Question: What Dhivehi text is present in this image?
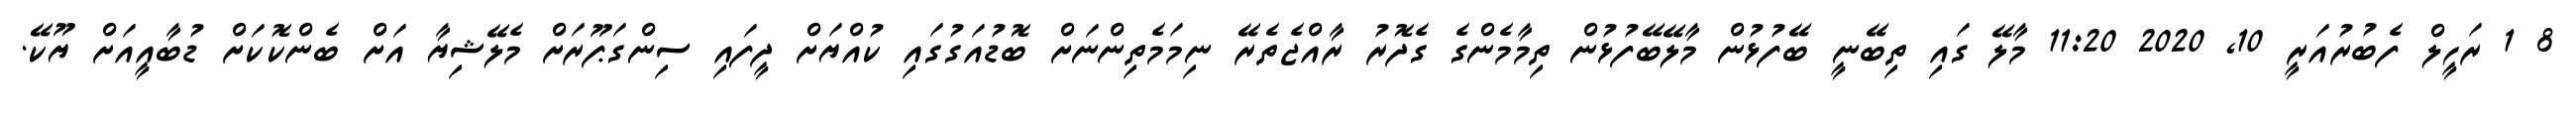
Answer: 8 1 ރަހީލް ފެބުރުއަރީ 10, 2020 11:20 މާލޭ ގައި ތިބޭނީ ބޭފުޅުން މާލޭބޭފުޅުން ތިމާމެންގެ ގެދޮރު ރާއްޖެތެރޭ ނިމަމެތިންނަށް ބޮޑުއަގުގައި ކުއްޔަށް ދީފައި ސިންގަޕޫރަށް މެލޭޝިޔާ އަށް ބެންކޮކަށް ޑުބާއީއަށް ޔޫކޭ.